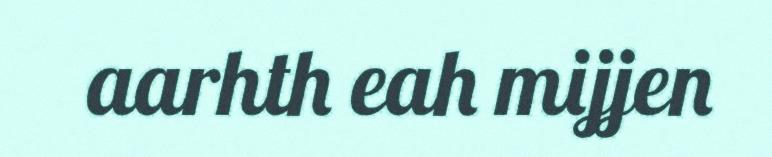
aarhth eah mijjen